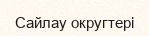
Сайлау округтері